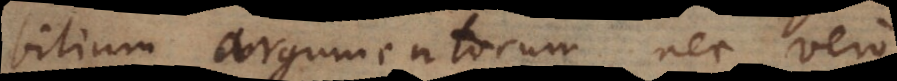
bilium argumentorum, nec vero